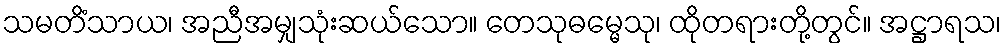
သမတိံသာယ၊ အညီအမျှသုံးဆယ်သော။ တေသုဓမ္မေသု၊ ထိုတရားတို့တွင်။ အဋ္ဌာရသ၊